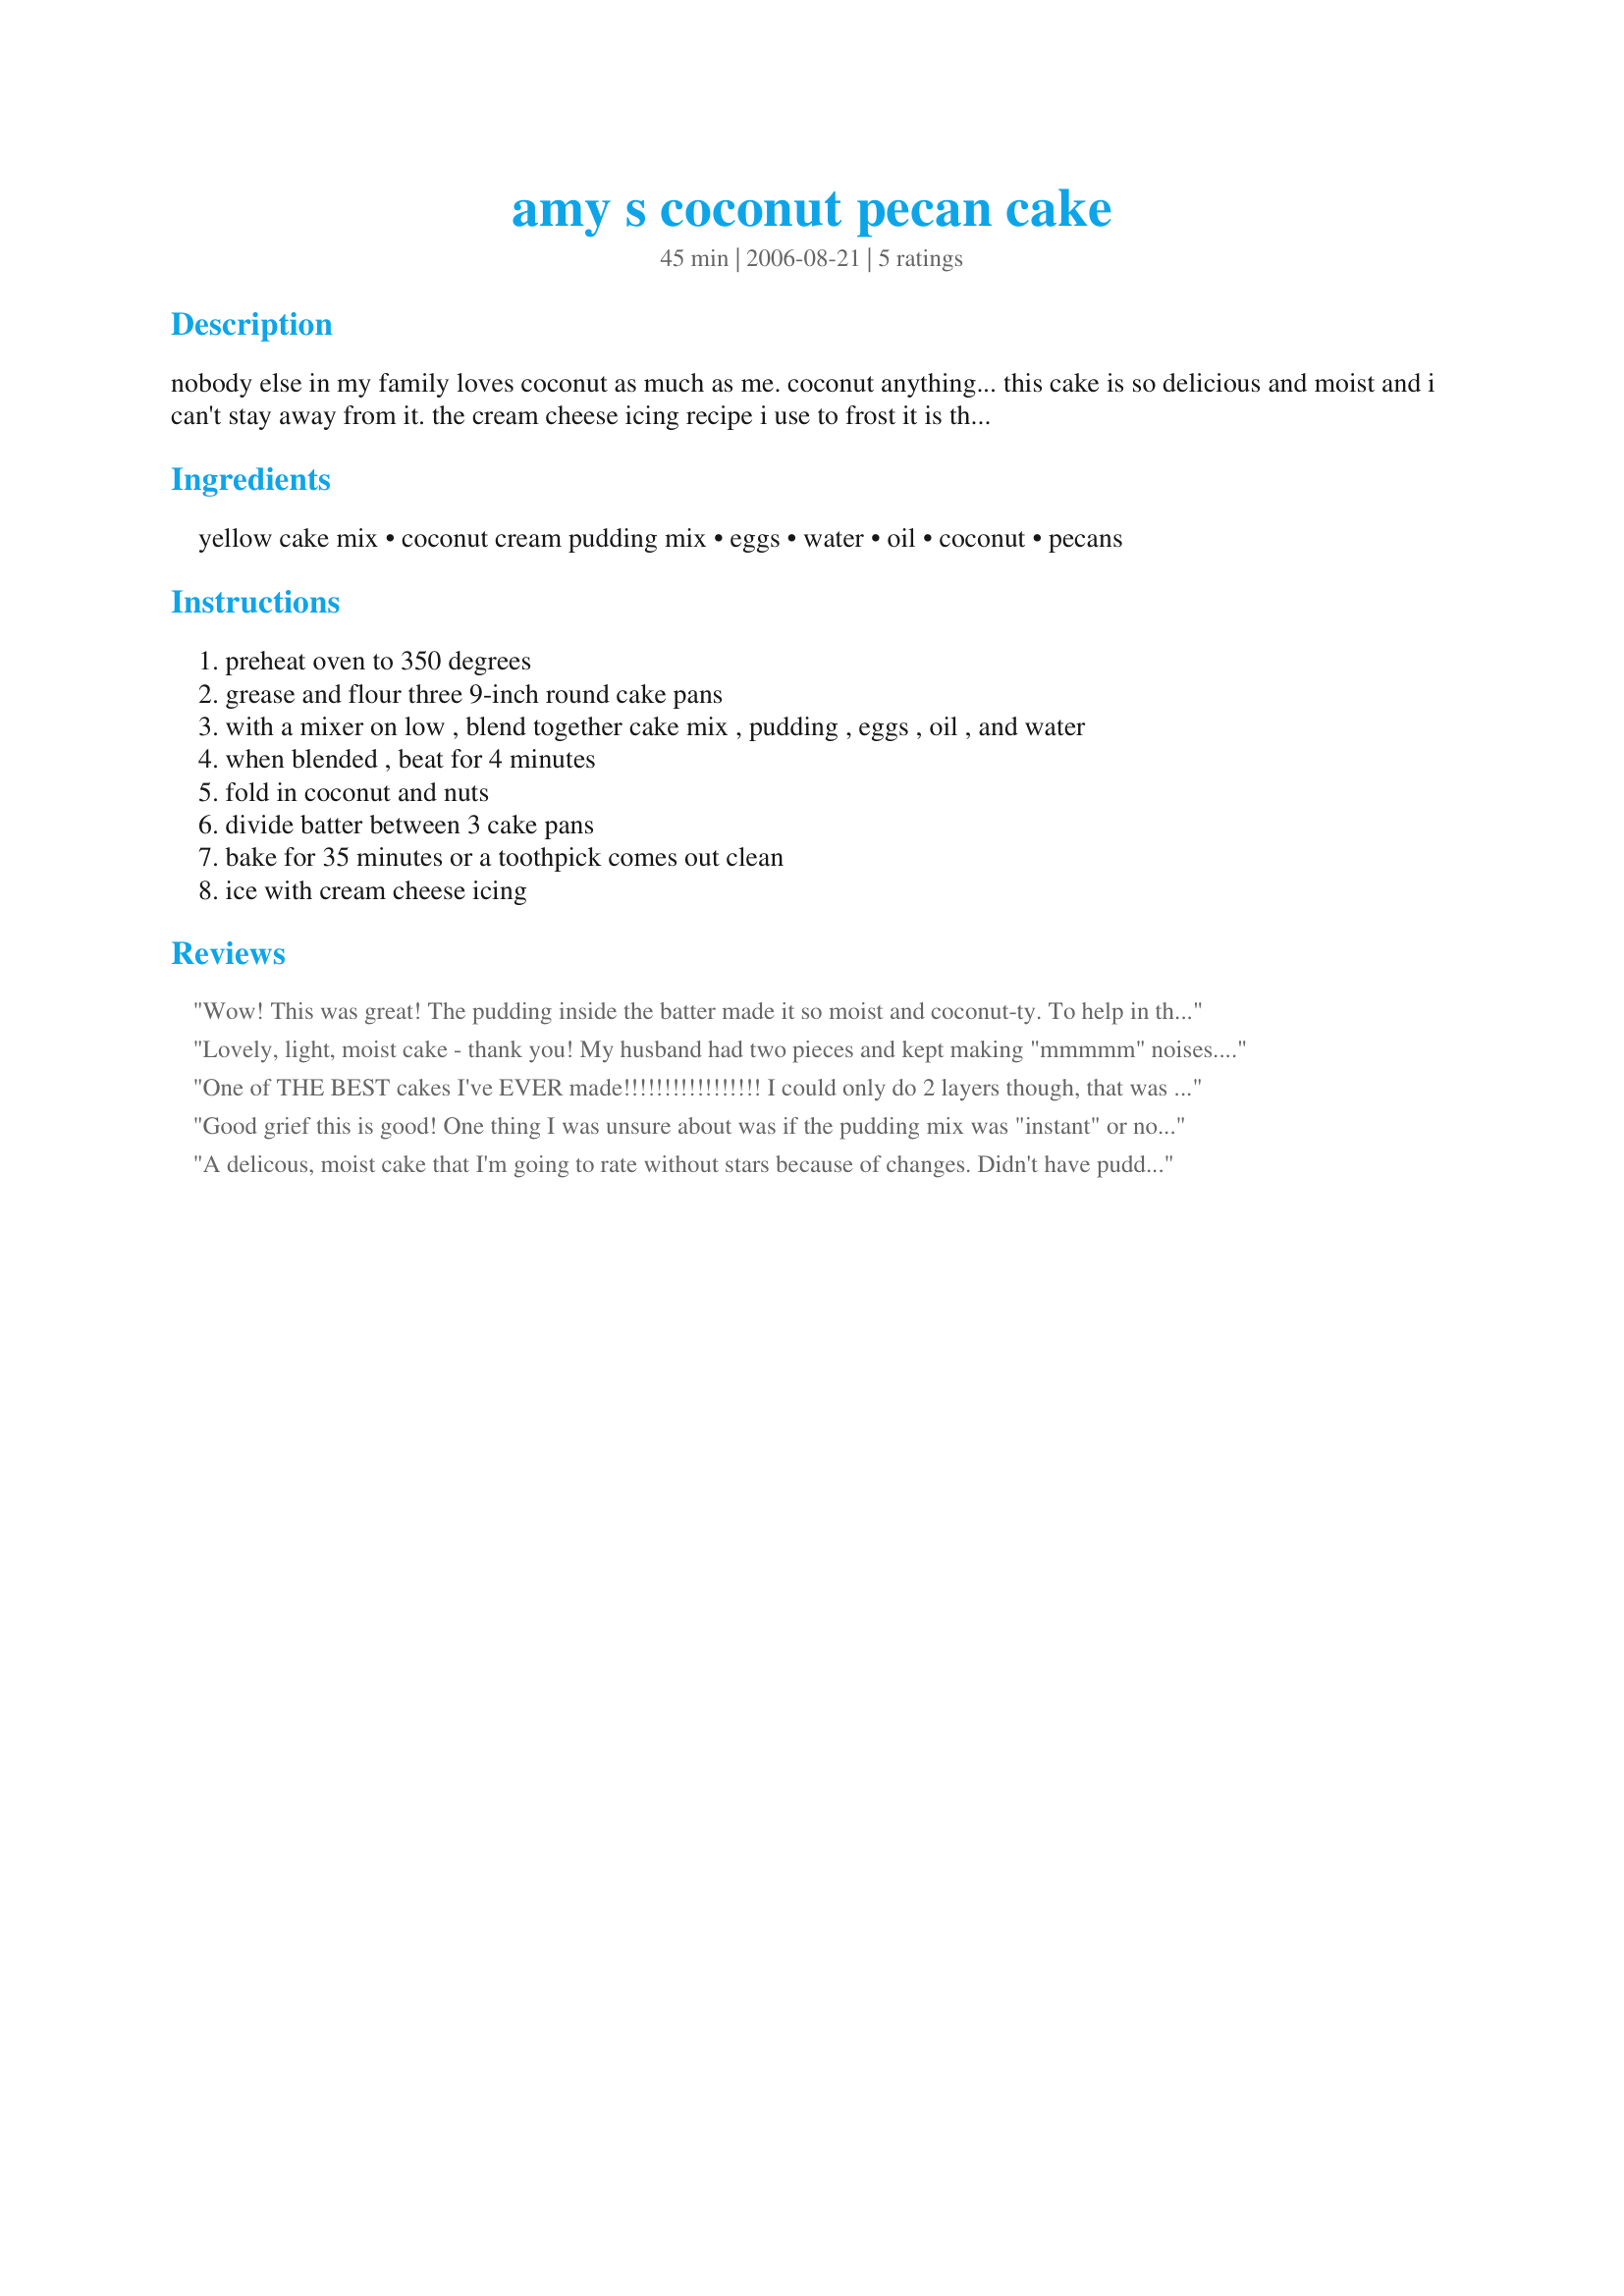
amy s coconut pecan cake
Preparation time: 45 minutes

nobody else in my family loves coconut as much as me. coconut anything... this cake is so delicious and moist and i can't stay away from it. the cream cheese icing recipe i use to frost it is the same as some posted here.

Ingredients:
yellow cake mix, coconut cream pudding mix, eggs, water, oil, coconut, pecans

Steps:
preheat oven to 350 degrees, grease and flour three 9-inch round cake pans, with a mixer on low , blend together cake mix , pudding , eggs , oil , and water, when blended , beat for 4 minutes, fold in coconut and nuts, divide batter between 3 cake pans, bake for 35 minutes or a toothpick comes out clean, ice with cream cheese icing

Reviews:
Wow! This was great! The pudding inside the batter made it so moist and coconut-ty. To help in the calorie department I used whip cream as icing. It was perfect for a warm summer night!
Lovely, light, moist cake - thank you! My husband had two pieces and kept making "mmmmm" noises. :-)
One of THE BEST cakes I've EVER made!!!!!!!!!!!!!!!!! I could only do 2 layers though, that was all the pans I had, but it turned out PERFECT!!!!!!!!! I was DYIN' smelling it while it was baking, OMG, I KNEW it was going to be FANTASTIC...and yep...IT WAS!!!!!! Thanks so much for sharing such a wonderful recipe!!!!!! I'll be making this cake a lot!!!!!!! :) This is truely BAKERY QUALITY!!!!!! :)
Good grief this is good! One thing I was unsure about was if the pudding mix was "instant" or not. Since that was all I could find, I used the instant and it was soooooo good! Apparently the bag boy at the grocery negelected to put the pecans in my bag too, so I was forced to make it without the pecans, but frankly they were never missed! Anyone out there who knows someone who likes coconut cream pie will find they will fall in love with this cake. I don't particulary like pie but I think I'm in love with this cake! thanks!
A delicous, moist cake that I'm going to rate without stars because of changes. Didn't have pudding mix so subbed cornstarch and used coconut milk for the liquid. We'll be making this one again.
